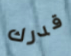
قدرك